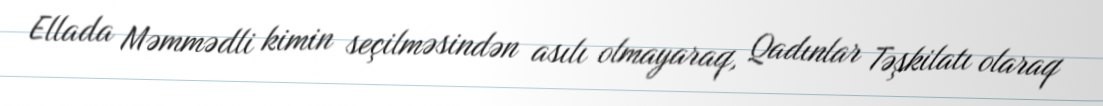
Ellada Məmmədli kimin seçilməsindən asılı olmayaraq, Qadınlar Təşkilatı olaraq